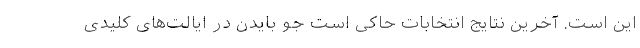
این است. آخرین نتایج انتخابات حاکی است جو بایدن در ایالت‌های کلیدی